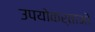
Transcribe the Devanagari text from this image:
उपयोकर्ताओं